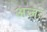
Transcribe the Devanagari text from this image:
अजः